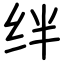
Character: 绊